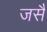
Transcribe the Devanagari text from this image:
जसै